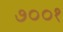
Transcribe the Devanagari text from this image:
७००१